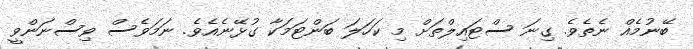
ބޭނުމެއް ނެތެވެ. ގިނަ ސްޓައިލްތަށް މި ކަހަލަ ބަންޓަމަކާ ގުޅޭނެއެވެ. ނަމަވެސް ވިސްނަންވީ